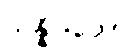
သန္နိပါတော